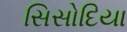
સિસોદિયા